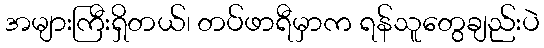
အများကြီးရှိတယ်၊ တပ်ဖာရီမှာက ရန်သူတွေချည်းပဲ